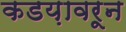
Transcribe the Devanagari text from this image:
कडय़ावरून